Leningradi_Edasi_toimetus, lk 175
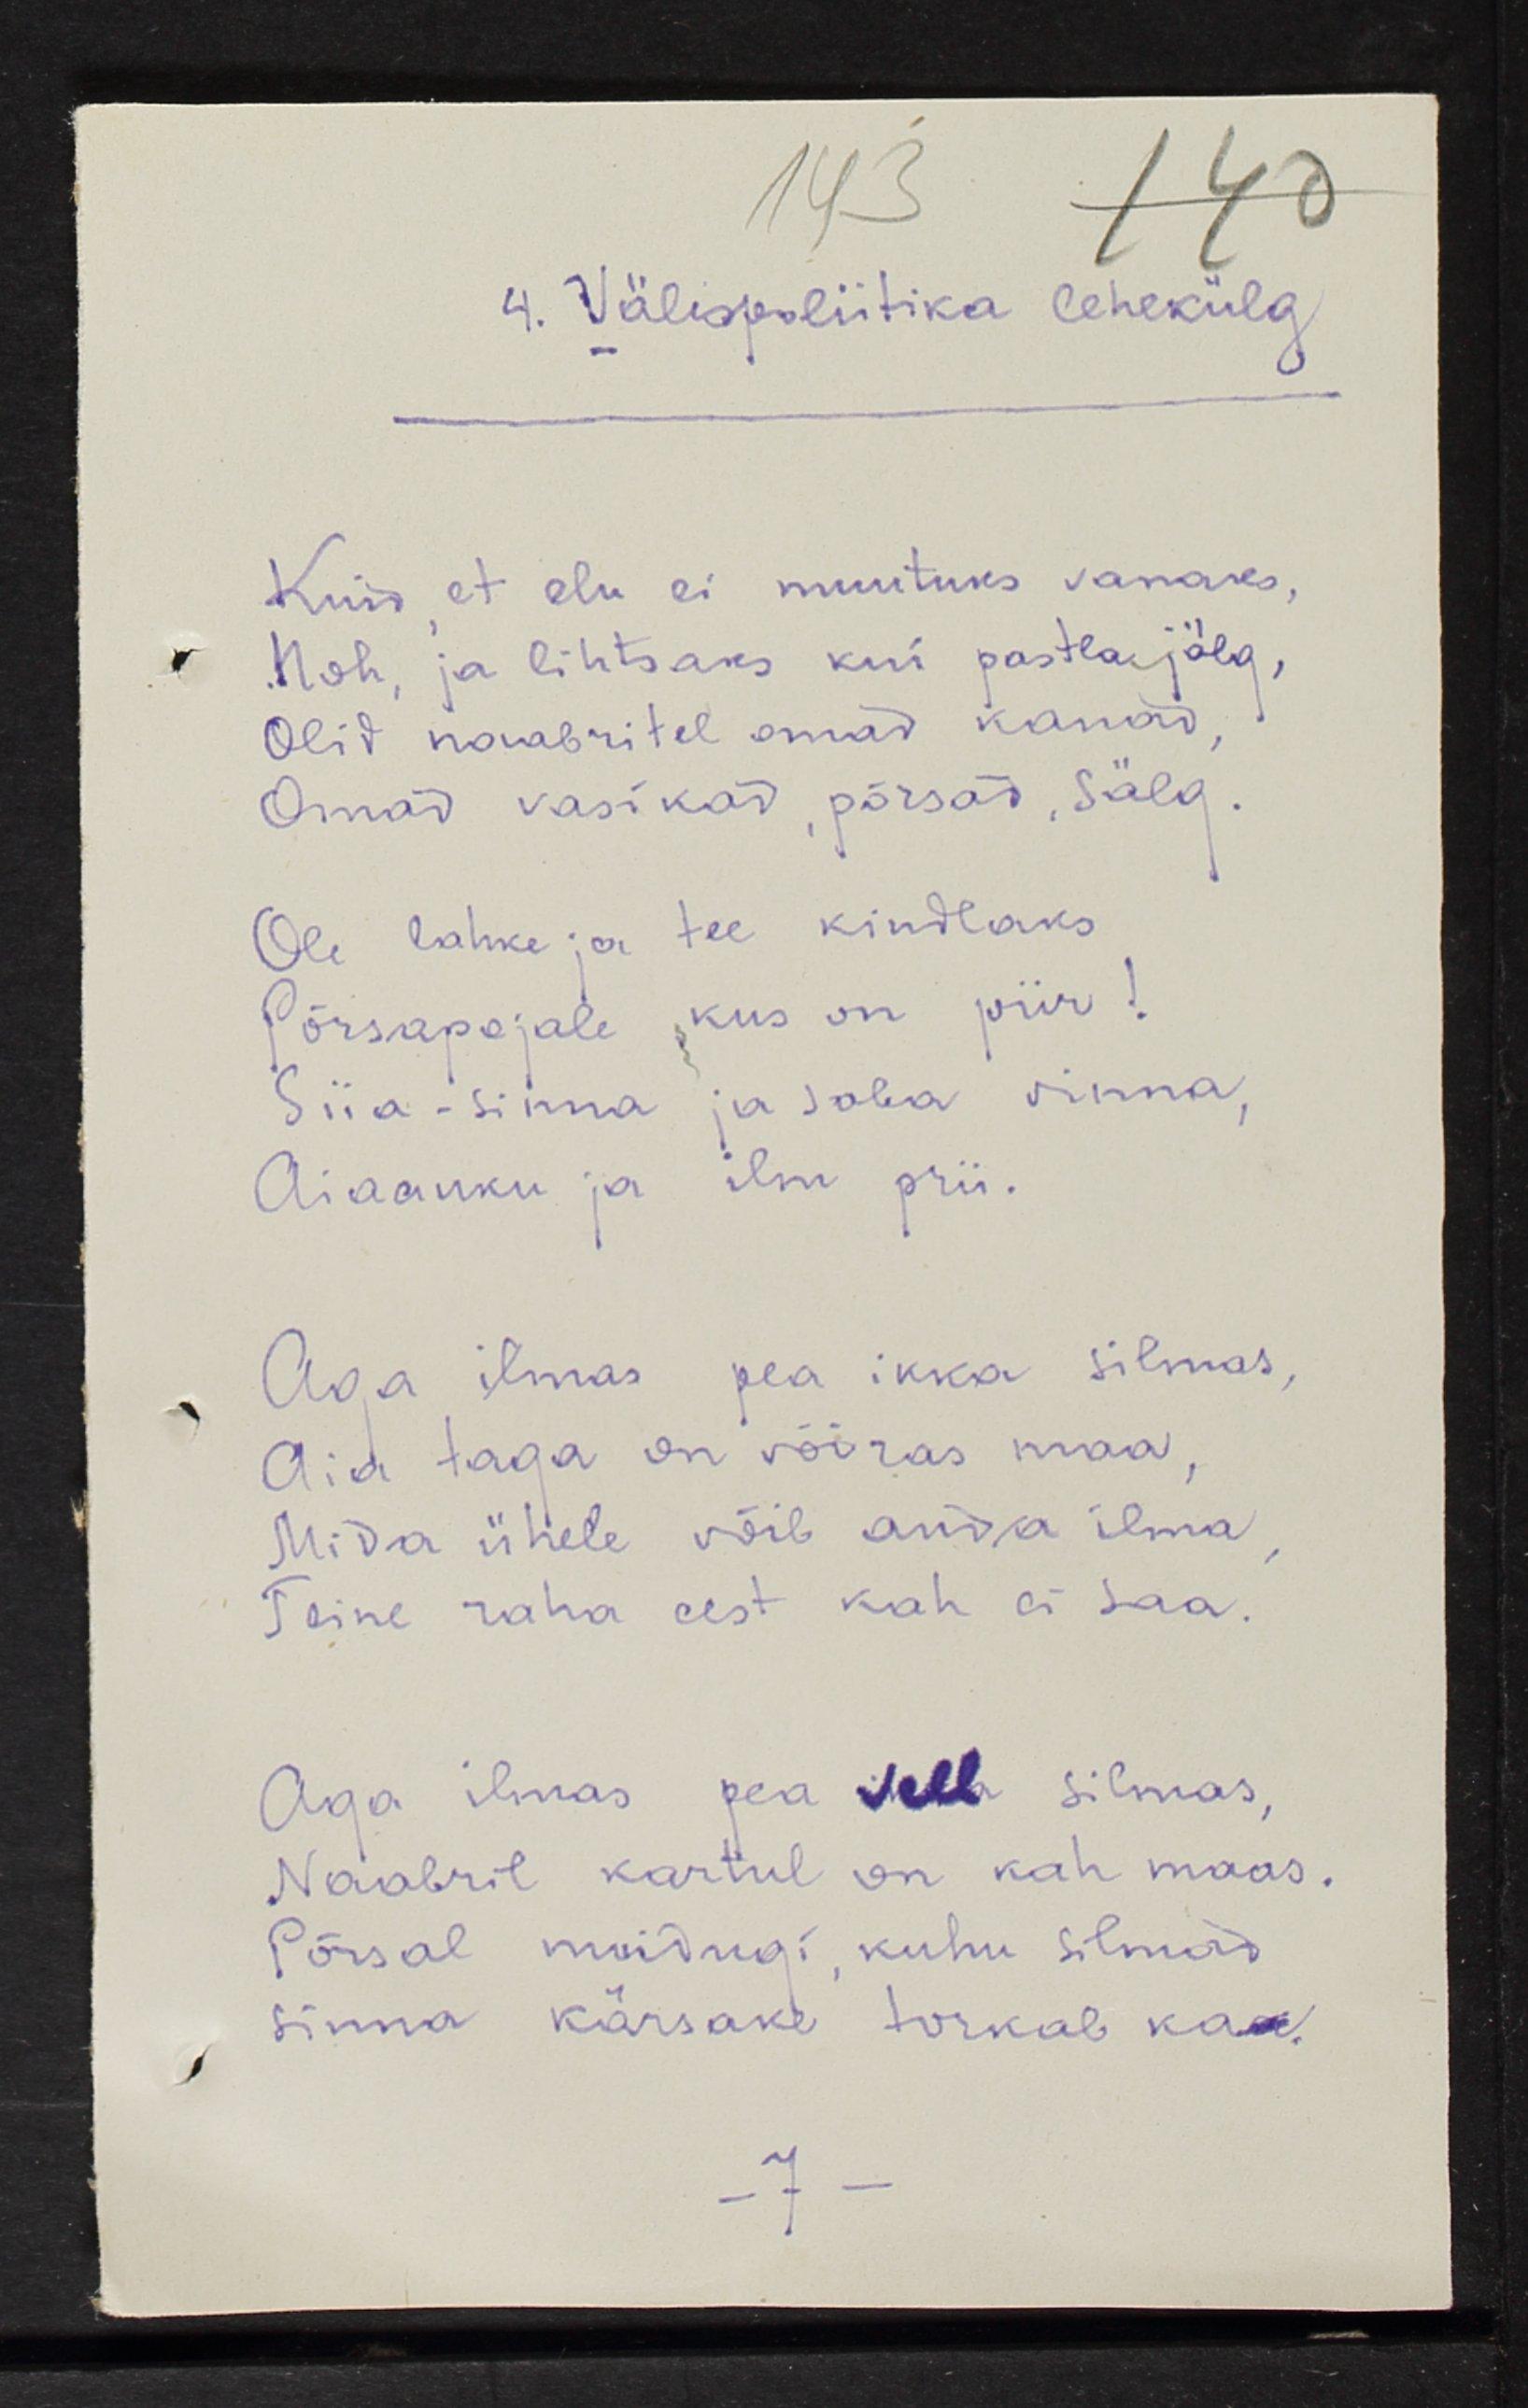
4. Välispoliitika lehekülg
Kuid, et elu ei muutuses vanaks, 
Noh, ja lihtsaks kui pastlajälg, 
Olid naabritel omad kanad,
Omad vasikad, põrsad, sälg.
Ole lahke ja tee kindlaks
Põrsapojale, kus on piir!
Siia-sinna ja saba vinna,
Aiaauku ja ilm prii. 
Aga ilmas pea ikka silmas,
Aia taga on võõras maa,
Mida ühele võib anda ilma,
Teine raha eest kah ei saa.
Aga ilmas pea veel silmas,
Naabril kartul on kah maas.
Põrsal muidugi, kuhu silmad
sinna kärsake torkab kaa.